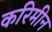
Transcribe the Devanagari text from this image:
करिमीन